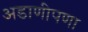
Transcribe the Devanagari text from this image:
अडाणीपणा